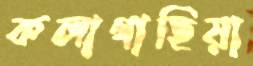
কলাগাছিয়া